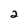
Character: 2